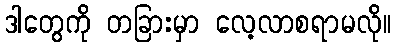
ဒါတွေကို တခြားမှာ လေ့လာစရာမလို။